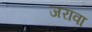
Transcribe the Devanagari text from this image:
जरावा